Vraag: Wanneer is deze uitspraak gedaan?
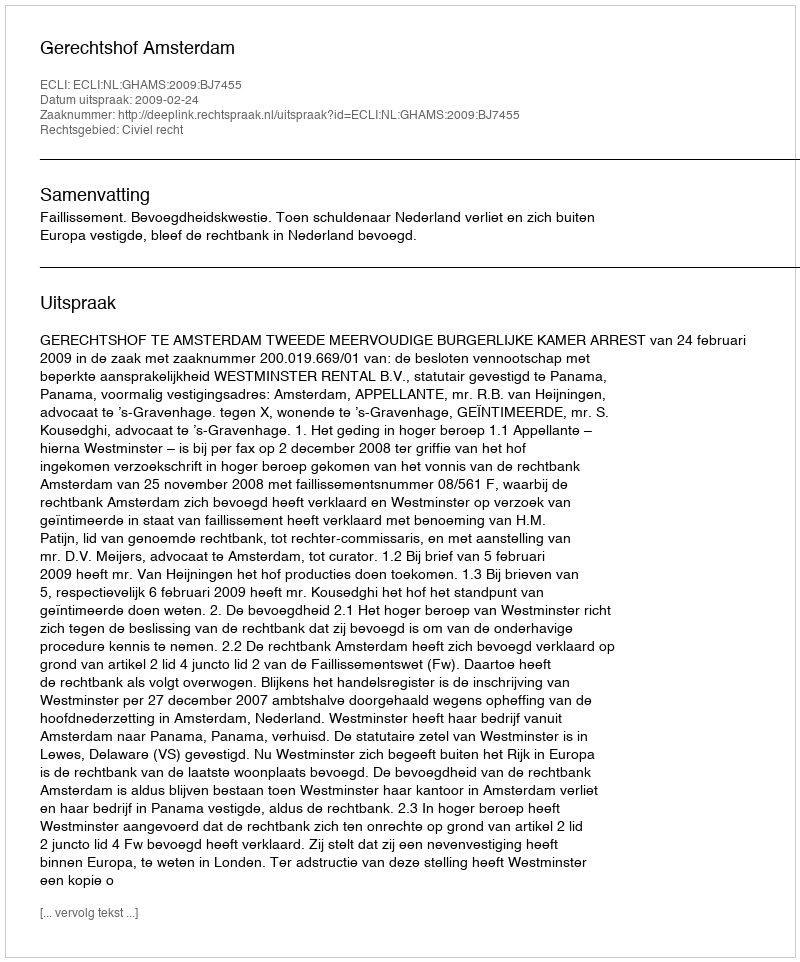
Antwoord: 2009-02-24